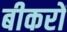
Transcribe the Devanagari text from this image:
बीकरों